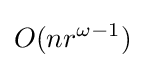
O(nr^{\omega -1})